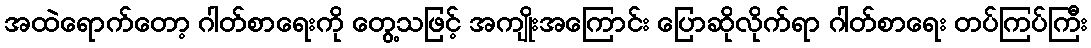
အထဲရောက်တော့ ဂါတ်စာရေးကို တွေ့သဖြင့် အကျိုးအကြောင်း ပြောဆိုလိုက်ရာ ဂါတ်စာရေး တပ်ကြပ်ကြီး